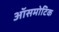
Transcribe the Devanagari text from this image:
ऑसमोटिक